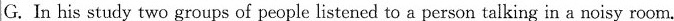
G. In his study two groups of people listened to a person talking in a noisy room.